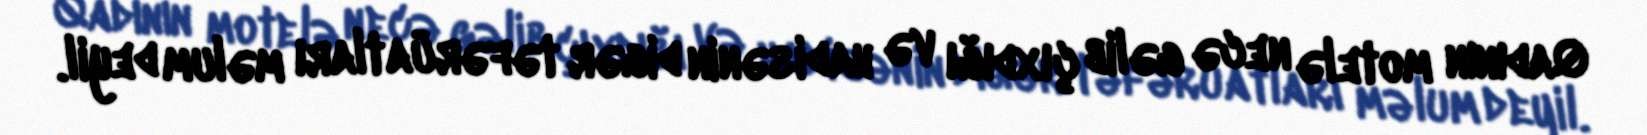
Qadının motelə necə gəlib çıxdığı və hadisənin digər təfərüatları məlum deyil.